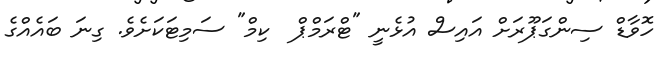
ހޮވާޑް ސިންގަޕޫރަށް އައިސް އުޅެނީ "ޓްރަމްޕް  ކިމް" ސަމިޓަކަށެވެ. ގިނަ ބައެއްގެ